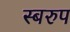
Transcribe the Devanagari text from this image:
स्बरुप